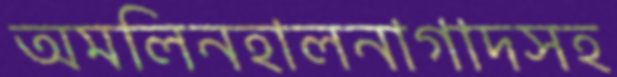
অমলিনহালনাগাদসহ